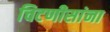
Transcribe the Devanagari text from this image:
चिटणीसांना